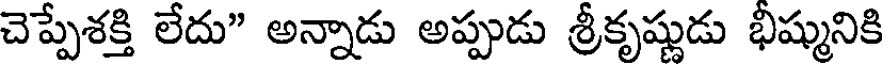
చెప్పేశక్తి లేదు" అన్నాడు అప్పుడు శ్రీకృష్ణుడు భీష్మునికి